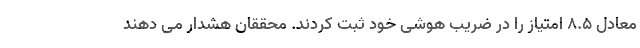
معادل ۸.۵ امتیاز را در ضریب هوشی خود ثبت کردند. محققان هشدار می دهند